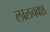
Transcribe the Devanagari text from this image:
लालचवश